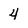
Character: 4